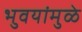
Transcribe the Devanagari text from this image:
भुवयांमुळे